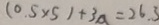
( 0 . 5 \times 5 ) + 3 a = 2 6 . 3